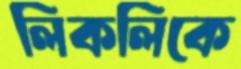
লিকলিকে